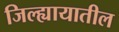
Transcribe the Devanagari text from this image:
जिल्ह्यायातील